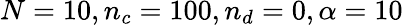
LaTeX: N=10,n_{c}=100,n_{d}=0,\alpha=10